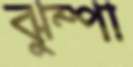
ঝুম্পা